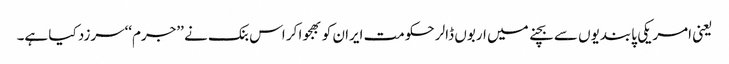
یعنی امریکی پابندیوں سے بچنے میں اربوں ڈالر حکومت ایران کو بھجوا کر اس بنک نے ’’جرم‘‘سرزد کیا ہے۔